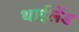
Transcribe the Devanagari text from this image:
थाईलेंड